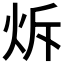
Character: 𤇚